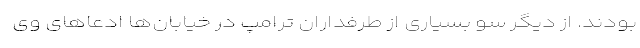
بودند. از دیگر سو بسیاری از طرفداران ترامپ در خیابان‌ها ادعاهای وی